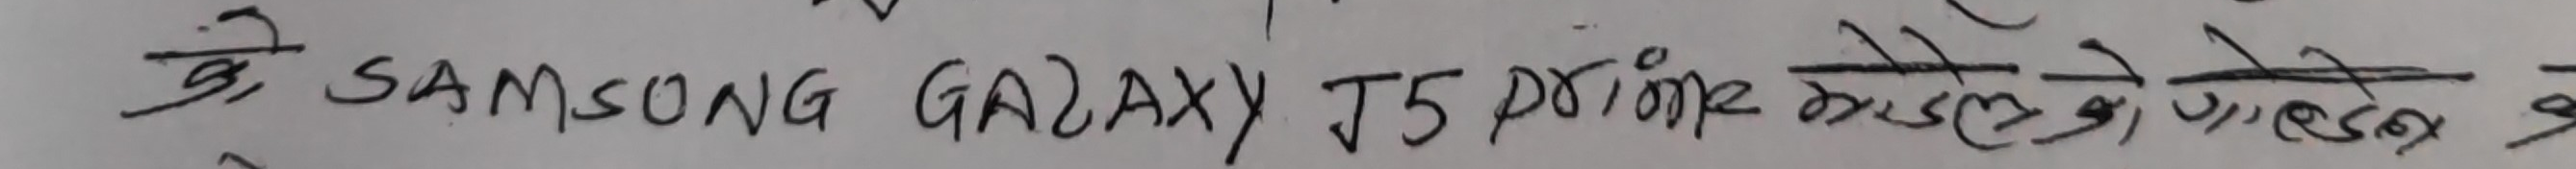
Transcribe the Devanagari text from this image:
यो SAMSUNG GALAXY J5 Prime मोबाइल के हो